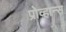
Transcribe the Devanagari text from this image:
प्रोव्हान्स